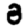
Digit: 8